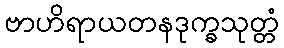
ဗာဟိရာယတနဒုက္ခသုတ္တံ